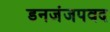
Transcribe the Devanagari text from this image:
डनजंजपवद